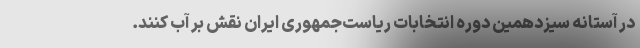
در آستانه سیزدهمین دوره انتخابات ریاست‌جمهوری ایران نقش بر آب کنند.